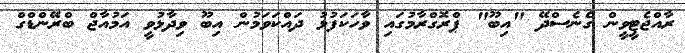
ރާއްޖެޓީވީން ގެނެސްދޭ "އިބޫ" ޕްރޮގްރާމުގައި ވާހަކަފުޅު ދައްކަވަމުން އިބޫ ވިދާޅުވީ އަމުއާޖް ބްރޭންޑްގް